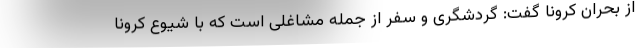
از بحران کرونا گفت: گردشگری و سفر از جمله مشاغلی است که با شیوع کرونا